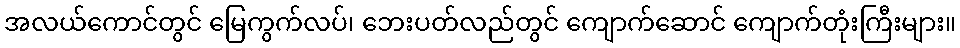
အလယ်ကောင်တွင် မြေကွက်လပ်၊ ဘေးပတ်လည်တွင် ကျောက်ဆောင် ကျောက်တုံးကြီးများ။